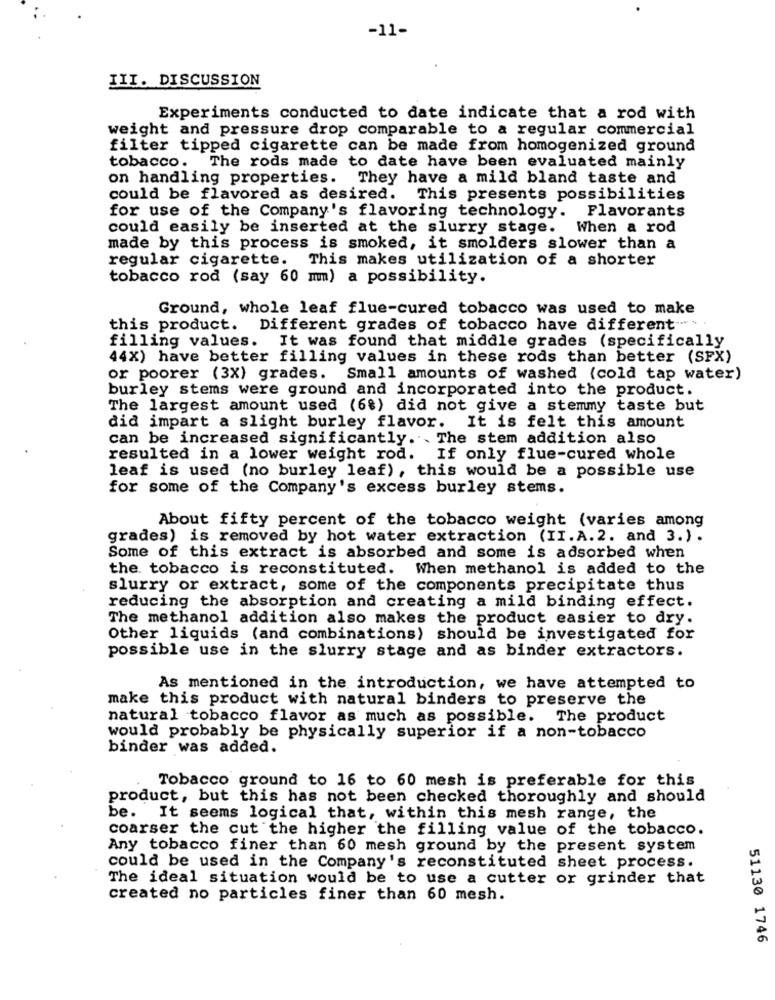
-11-
III. DISCUSSION
Experiments conducted to date indicate that a rod with
weight and pressure drop comparable to a regular commercial
filter tipped cigarette can be made from homogenized ground
tobacco. The rods made to date have been evaluated mainly
on handling properties. They have a mild bland taste and
could be flavored as desired. This presents possibilities
for use of the Company's flavoring technology. Flavorants
could easily be inserted at the slurry stage. When a rod
made by this process is smoked, it smolders slower than a
regular cigarette. This makes utilization of a shorter
tobacco rod (say 60 mm) a possibility.
Ground, whole leaf flue-cured tobacco was used to make
this product. Different grades of tobacco have different ".
filling values. It was found that middle grades (specifically
44X) have better filling values in these rods than better (SFX)
or poorer (3X) grades. Small amounts of washed (cold tap water)
burley stems were ground and incorporated into the product.
The largest amount used (6%) did not give a stemmy taste but
did impart a slight burley flavor. It is felt this amount
can be increased significantly .. The stem addition also
resulted in a lower weight rod. If only flue-cured whole
leaf is used (no burley leaf), this would be a possible use
for some of the Company's excess burley stems.
About fifty percent of the tobacco weight (varies among
grades) is removed by hot water extraction (II.A.2. and 3.).
Some of this extract is absorbed and some is adsorbed when
the tobacco is reconstituted. When methanol is added to the
slurry or extract, some of the components precipitate thus
reducing the absorption and creating a mild binding effect.
The methanol addition also makes the product easier to dry.
Other liquids (and combinations) should be investigated for
possible use in the slurry stage and as binder extractors.
As mentioned in the introduction, we have attempted to
make this product with natural binders to preserve the
natural tobacco flavor as much as possible. The product
would probably be physically superior if a non-tobacco
binder was added.
Tobacco ground to 16 to 60 mesh is preferable for this
product, but this has not been checked thoroughly and should
be. It seems logical that, within this mesh range, the
coarser the cut the higher the filling value of the tobacco.
Any tobacco finer than 60 mesh ground by the present system
could be used in the Company's reconstituted sheet process.
The ideal situation would be to use a cutter or grinder that
created no particles finer than 60 mesh.
51130 1746